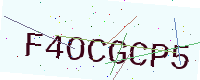
Text: F4OCGCP5